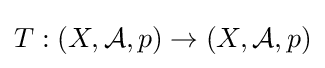
T:(X,{\mathcal {A}},p)\to (X,{\mathcal {A}},p)